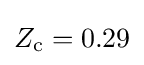
Z_{\text{c}}=0.29